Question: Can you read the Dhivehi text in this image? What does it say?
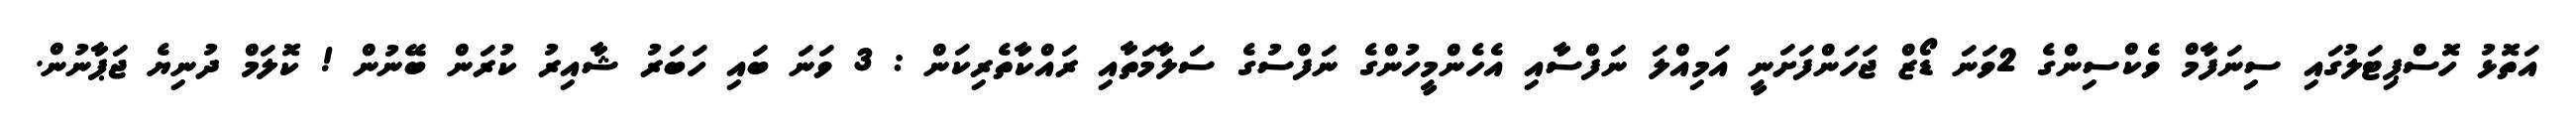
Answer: އަތޮޅު ހޮސްޕިޓަލުގައި ސިނަފާމް ވެކްސިންގެ 2ވަނަ ޑޯޒް ޖަހަންފަށަނީ އަމިއްލަ ނަފްސާއި އެހެންމީހުންގެ ނަފްސުގެ ސަލާމަތާއި ރައްކާތެރިކަން : 3 ވަނަ ބައި ހަބަރު ޝާއިރު ކުރަން ބޭނުން ! ކޮލަމް ދުނިޔެ ޖަޕާނުން.